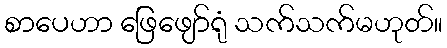
စာပေဟာ ဖြေဖျော်ရုံ သက်သက်မဟုတ်။